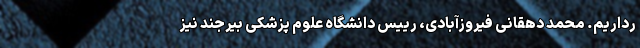
رداریم. محمد دهقانی فیروزآبادی، رییس دانشگاه علوم پزشکی بیرجند نیز